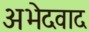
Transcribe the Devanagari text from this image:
अभेदवाद